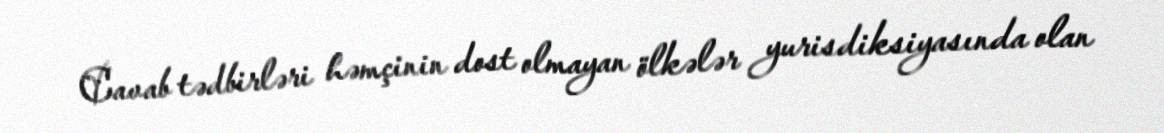
Cavab tədbirləri həmçinin dost olmayan ölkələr yurisdiksiyasında olan